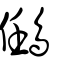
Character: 𪀼